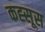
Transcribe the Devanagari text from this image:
कह्सूस